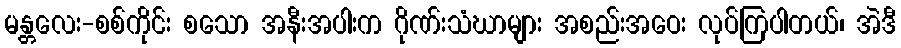
မန္တလေး-စစ်ကိုင်း စသော အနီးအပါးက ဂိုဏ်းသံဃာများ အစည်းအဝေး လုပ်ကြပါတယ်၊ အဲဒီ